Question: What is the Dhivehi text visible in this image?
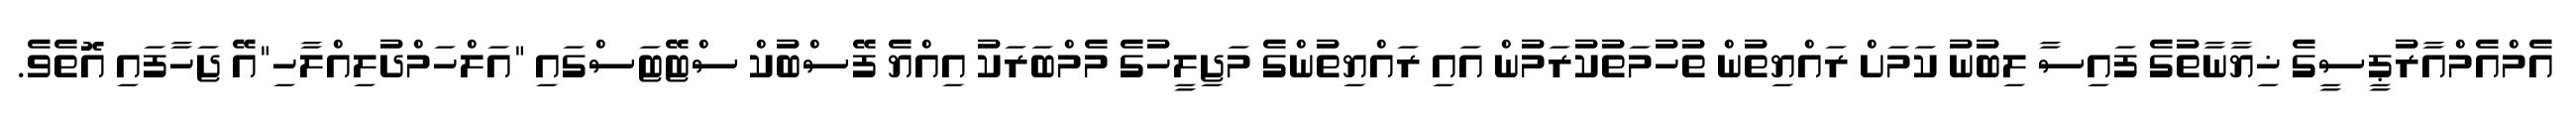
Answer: އެމްއެމްއާރުޕީސީގެ ޚިޔާނާތުގެ ފައިސާ ލިބުނު ކަމަށް ރައްޔިތުން ތުހުމަތުކުރަމުން އައި ރައްޔިތުންގެ މަޖިލީހުގެ މެމްބަރަކު އިއްޔެ ފޭސްބުކް ސްޓޭޓަސްގައި "އަލްހަމްދުލިއްލާހި"އޭ ޖަހާފައި އޮތެވެ.